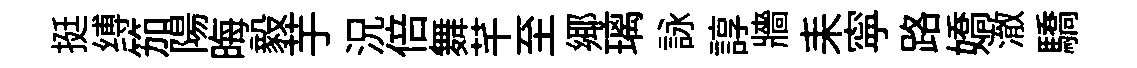
挺缚笳陽晦毅芋況倍舞芊至鄊璃詠諄牆耒寜路嬌澈驕